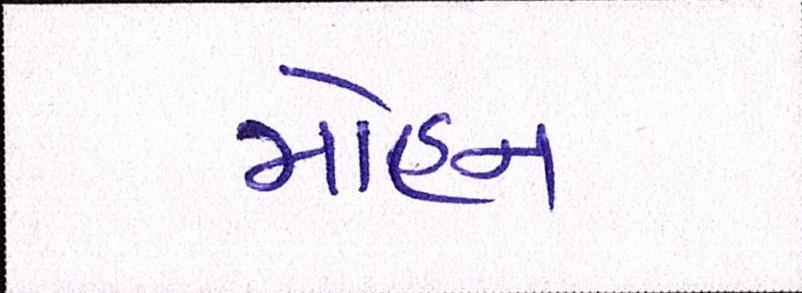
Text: મોહન